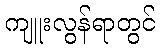
ကျူးလွန်ရာတွင်